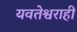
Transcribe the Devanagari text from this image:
यवतेश्वराही